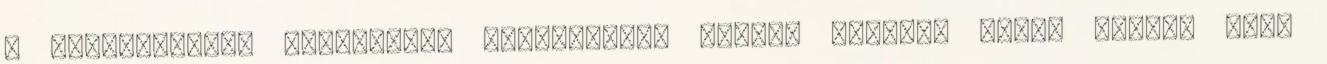
a török-magyar történelmi barátságát. Miután hosszas török utazás után